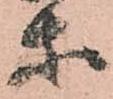
等